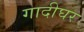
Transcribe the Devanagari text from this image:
गादीघर